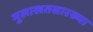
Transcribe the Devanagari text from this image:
मुलाखतसारख्या